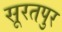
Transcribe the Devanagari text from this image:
सूरतपुर